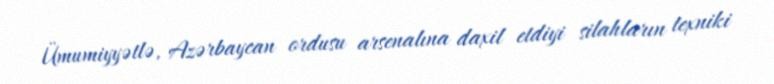
Ümumiyyətlə, Azərbaycan ordusu arsenalına daxil etdiyi silahların texniki